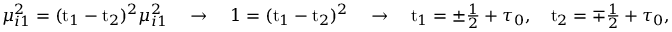
\begin{array} { r } { \mu _ { i 1 } ^ { 2 } = ( \mathrm { t } _ { 1 } - \mathrm { t } _ { 2 } ) ^ { 2 } \mu _ { i 1 } ^ { 2 } \quad \rightarrow \quad 1 = ( \mathrm { t } _ { 1 } - \mathrm { t } _ { 2 } ) ^ { 2 } \quad \rightarrow \quad \mathrm { t } _ { 1 } = \pm \frac { 1 } { 2 } + \tau _ { 0 } , \quad \mathrm { t } _ { 2 } = \mp \frac { 1 } { 2 } + \tau _ { 0 } , } \end{array}